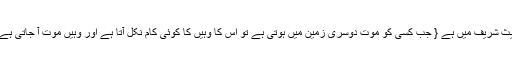
حدیث شریف میں ہے { جب کسی کو موت دوسری زمین میں ہوتی ہے تو اس کا وہیں کا کوئی کام نکل آتا ہے اور وہیں موت آ جاتی ہے } ۔